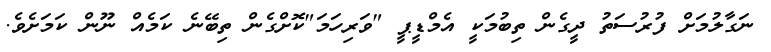
ނަގާލުމަށް ފުރުސަތު ދީގެން ތިބުމަކީ އެމްޑީޕީ "ވަރިހަމަ"ކޮށްގެން ތިބޭނެ ކަމެއް ނޫން ކަމަށެވެ.